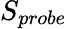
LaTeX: S_{probe}